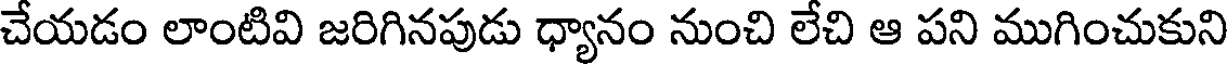
చేయడం లాంటివి జరిగినపుడు ధ్యానం నుంచి లేచి ఆ పని ముగించుకుని